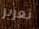
تعزيز